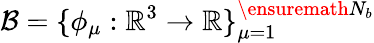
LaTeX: \mathcal{B}=\{ \phi_{\mu}:\mathbb{R}^{3}\rightarrow\mathbb{R}\} _{\mu=1}^{\ensuremath N_{b}}